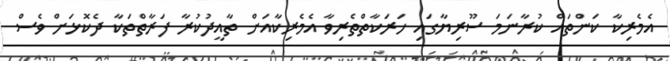
އެމެރިކާ ކަންތައް ކުރާނަމަ ސޫރިޔާގައި ހަރަކާތްތެރިވާ އެމެރިކާއަށް ތާއީދުކުރާ ފަރާތްތަކާ ދެކޮޅަށް ވެސް